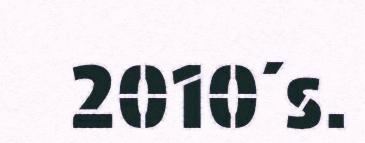
2010´s.